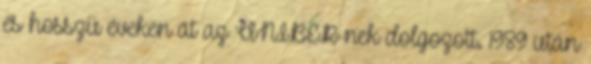
és hosszú éveken át az UNIBER-nek dolgozott. 1989 után